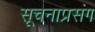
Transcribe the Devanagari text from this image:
सूचनाप्रसंग